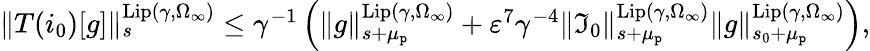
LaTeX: \begin{array}{r}{\rVert T(i_{0})[g]\rVert_{s}^{\mathrm{Lip}(\gamma,\Omega_{\infty})}\le\gamma^{-1}\left(\rVert g\rVert_{s+\mu_{\mathtt{p}}}^{\mathrm{Lip}(\gamma,\Omega_{\infty})}+\varepsilon^{7}\gamma^{-4}\rVert\mathfrak{I}_{0}\rVert_{s+\mu_{\mathtt{p}}}^{\mathrm{Lip}(\gamma,\Omega_{\infty})}\rVert g\rVert_{s_{0}+\mu_{\mathtt{p}}}^{\mathrm{Lip}(\gamma,\Omega_{\infty})}\right),}\end{array}